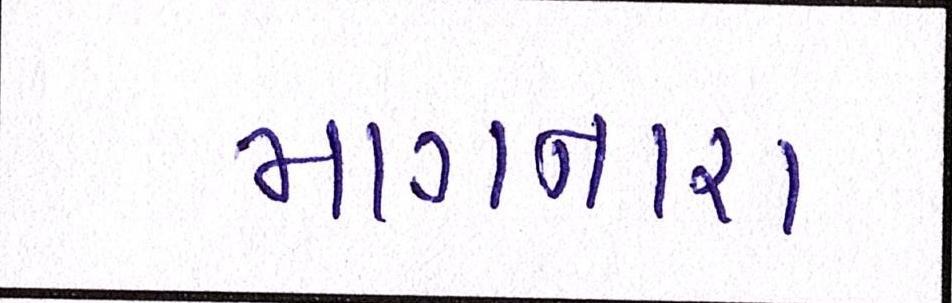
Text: માગનારા